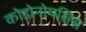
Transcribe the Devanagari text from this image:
कोडोनोपसिस